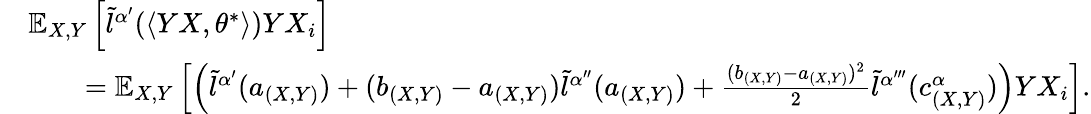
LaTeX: \begin{array}{rl}&{\mathbb{E}_{X,Y}\left[\tilde{l}^{\alpha^{\prime}}(\langle YX,\theta^{*}\rangle)YX_{i}\right]}\\ &{\quad\quad=\mathbb{E}_{X,Y}\left[\left(\tilde{l}^{\alpha^{\prime}}(a_{(X,Y)})+(b_{(X,Y)}-a_{(X,Y)})\tilde{l}^{\alpha^{\prime\prime}}(a_{(X,Y)})+\frac{(b_{(X,Y)}-a_{(X,Y)})^{2}}{2}\tilde{l}^{\alpha^{\prime\prime\prime}}(c_{(X,Y)}^{\alpha})\right)YX_{i}\right].}\end{array}